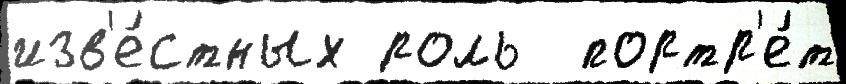
изв'е́стных роль  портр'е́т